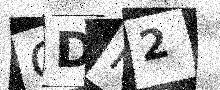
Text: QDK2